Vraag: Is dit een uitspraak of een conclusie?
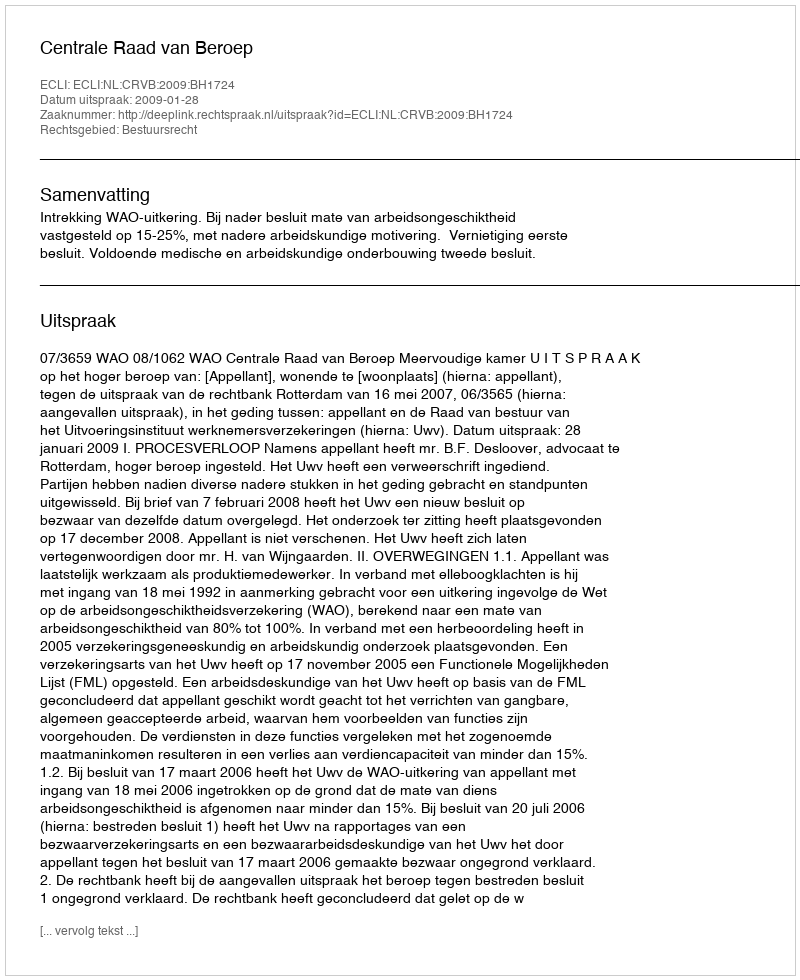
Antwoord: Uitspraak